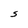
Character: S